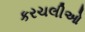
કરચલીઓ